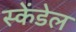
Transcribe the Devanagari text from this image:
स्केंडेल